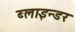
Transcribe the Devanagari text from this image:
ब्लाइन्डर